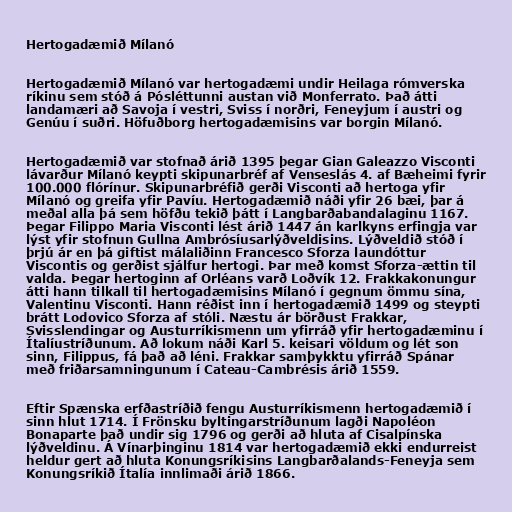
Hertogadæmið Mílanó

Hertogadæmið Mílanó var hertogadæmi undir Heilaga rómverska
ríkinu sem stóð á Pósléttunni austan við Monferrato. Það átti
landamæri að Savoja í vestri, Sviss í norðri, Feneyjum í austri og
Genúu í suðri. Höfuðborg hertogadæmisins var borgin Mílanó.

Hertogadæmið var stofnað árið 1395 þegar Gian Galeazzo Visconti
lávarður Mílanó keypti skipunarbréf af Venseslás 4. af Bæheimi fyrir
100.000 flórínur. Skipunarbréfið gerði Visconti að hertoga yfir
Mílanó og greifa yfir Pavíu. Hertogadæmið náði yfir 26 bæi, þar á
meðal alla þá sem höfðu tekið þátt í Langbarðabandalaginu 1167.
Þegar Filippo Maria Visconti lést árið 1447 án karlkyns erfingja var
lýst yfir stofnun Gullna Ambrósíusarlýðveldisins. Lýðveldið stóð í
þrjú ár en þá giftist málaliðinn Francesco Sforza laundóttur
Viscontis og gerðist sjálfur hertogi. Þar með komst Sforza-ættin til
valda. Þegar hertoginn af Orléans varð Loðvík 12. Frakkakonungur
átti hann tilkall til hertogadæmisins Mílanó í gegnum ömmu sína,
Valentinu Visconti. Hann réðist inn í hertogadæmið 1499 og steypti
brátt Lodovico Sforza af stóli. Næstu ár börðust Frakkar,
Svisslendingar og Austurríkismenn um yfirráð yfir hertogadæminu í
Ítalíustríðunum. Að lokum náði Karl 5. keisari völdum og lét son
sinn, Filippus, fá það að léni. Frakkar samþykktu yfirráð Spánar
með friðarsamningunum í Cateau-Cambrésis árið 1559.

Eftir Spænska erfðastríðið fengu Austurríkismenn hertogadæmið í
sinn hlut 1714. Í Frönsku byltingarstríðunum lagði Napoléon
Bonaparte það undir sig 1796 og gerði að hluta af Cisalpínska
lýðveldinu. Á Vínarþinginu 1814 var hertogadæmið ekki endurreist
heldur gert að hluta Konungsríkisins Langbarðalands-Feneyja sem
Konungsríkið Ítalía innlimaði árið 1866.